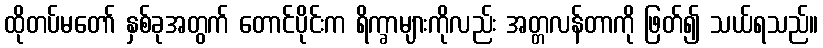
ထိုတပ်မတော် နှစ်ခုအတွက် တောင်ပိုင်းက ရိက္ခာများကိုလည်း အတ္တလန်တာကို ဖြတ်၍ သယ်ရသည်။